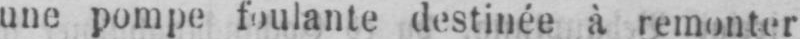
une pompe foulante destinée à remonter